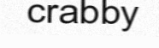
crabby